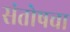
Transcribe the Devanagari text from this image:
संतोषचा